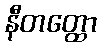
နီတတ္ထော